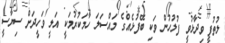
ލުތުފީ ވިދާޅުވީ ފުލުހުން ވަކި ބޭފުޅެއްގެ މައްސަލަ ހާމަކުރުމަކީ އަލީ ވަހީދަށް ސިޔާސީ